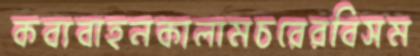
কব্যবাহনকালামচরেরবিসম